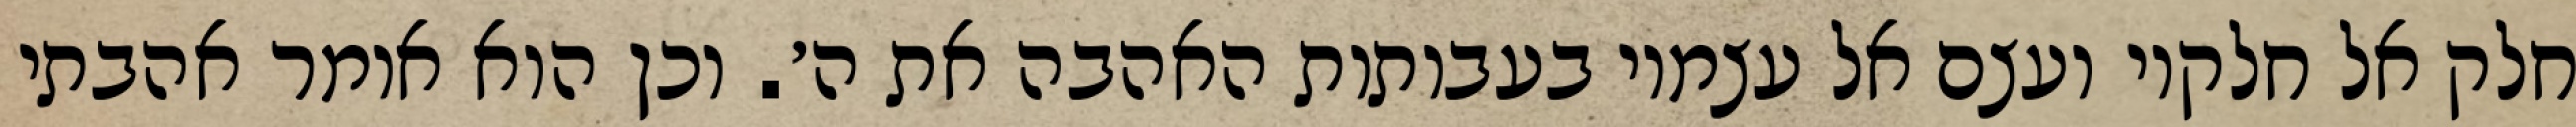
חלק אל חלקיו ועצם אל עצמיו בעבותות האהבה את ה׳. וכן הוא אומר אהבתי